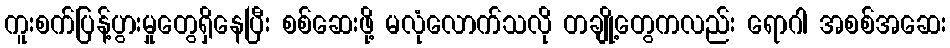
ကူးစက်ပြန့်ပွားမှုတွေရှိနေပြီး စစ်ဆေးဖို့ မလုံလောက်သလို တချို့တွေကလည်း ရောဂါ အစစ်အဆေး